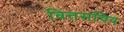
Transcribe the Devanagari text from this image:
वित्तसचिव